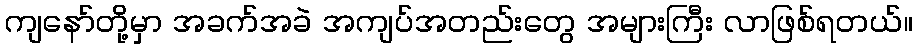
ကျနော်တို့မှာ အခက်အခဲ အကျပ်အတည်းတွေ အများကြီး လာဖြစ်ရတယ်။